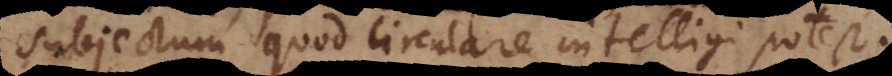
subjectum quod circulare intelligi potest.